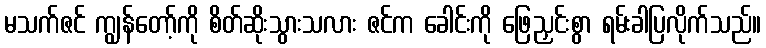
မသက်ဇင် ကျွန်တော့်ကို စိတ်ဆိုးသွားသလား ဇင်က ခေါင်းကို ဖြေညှင်းစွာ ရမ်းခါပြလိုက်သည်။